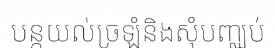
បន្តយល់ច្រឡំនិងសុំបញ្ឈប់